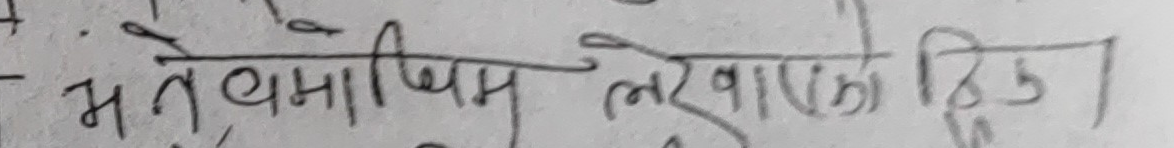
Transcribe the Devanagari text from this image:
भने बामधिम लेखाको दिए ।